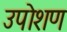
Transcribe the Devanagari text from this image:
उपोशण